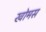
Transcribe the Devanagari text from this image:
खोमस